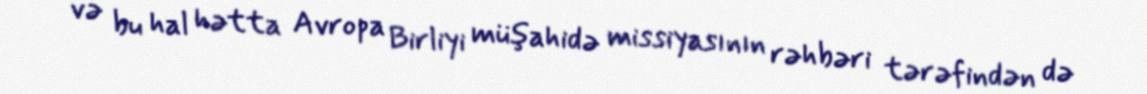
və bu hal hətta Avropa Birliyi müşahidə missiyasının rəhbəri tərəfindən də